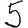
Digit: 5